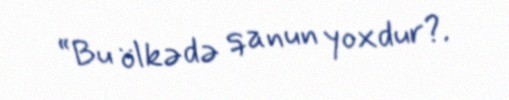
“Bu ölkədə qanun yoxdur?.